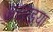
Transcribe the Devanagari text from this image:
अखाइया